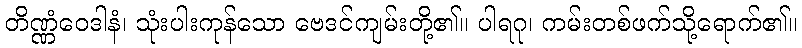
တိဏ္ဏံဝေဒါနံ၊ သုံးပါးကုန်သော ဗေဒင်ကျမ်းတို့၏။ ပါရဂု၊ ကမ်းတစ်ဖက်သို့ရောက်၏။